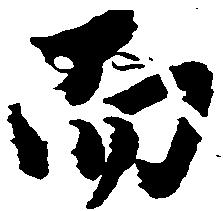
而